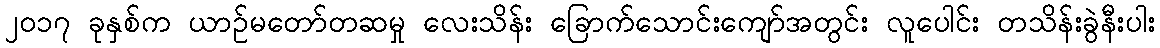
၂၀၁၇ ခုနှစ်က ယာဉ်မတော်တဆမှု လေးသိန်း ခြောက်သောင်းကျော်အတွင်း လူပေါင်း တသိန်းခွဲနီးပါး